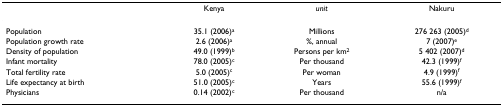
|  | Kenya | unit | Nakuru |
 | --- | --- | --- | --- |
 | Population | 35.1 (2006)a | Millions | 276 263 (2005)d |
 | Population growth rate | 2.6 (2006)a | %, annual | 7 (2007)e |
 | Density of population | 49.0 (1999)b | Persons per km2 | 5 402 (2007)d |
 | Infant mortality | 78.0 (2005)c | Per thousand | 42.3 (1999)f |
 | Total fertility rate | 5.0 (2005)c | Per woman | 4.9 (1999)f |
 | Life expectancy at birth | 51.0 (2005)c | Years | 55.6 (1999)f |
 | Physicians | 0.14 (2002)c | Per thousand | n/a |